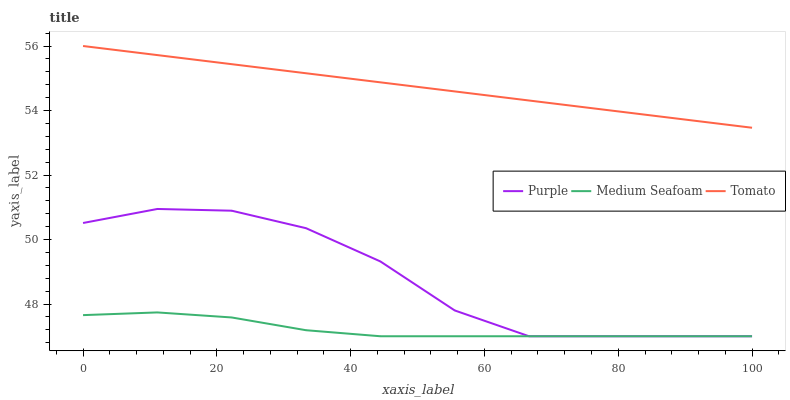
| xaxis_label | Purple | Medium Seafoam | Tomato |
 | --- | --- | --- | --- |
 | 0 | 50.5 | 47.7 | 56 |
 | 11.1 | 50.9 | 47.7 | 55.7 |
 | 22.2 | 50.9 | 47.6 | 55.4 |
 | 33.3 | 50.4 | 47.2 | 55.2 |
 | 44.4 | 49.3 | 47 | 54.9 |
 | 55.6 | 47.8 | 47 | 54.6 |
 | 66.7 | 47 | 47 | 54.3 |
 | 77.8 | 47 | 47 | 54 |
 | 88.9 | 47 | 47 | 53.7 |
 | 100 | 47 | 47 | 53.5 |